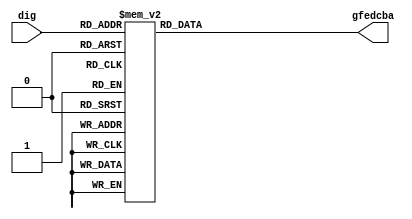
module seven_segment_digit
(
    input      [3:0] dig,
    output reg [6:0] gfedcba
);

    always @*
        case (dig)
        'h0: gfedcba = 'b1000000;  // g f e d c b a
        'h1: gfedcba = 'b1111001;
        'h2: gfedcba = 'b0100100;  //   --a--
        'h3: gfedcba = 'b0110000;  //  |     |
        'h4: gfedcba = 'b0011001;  //  f     b
        'h5: gfedcba = 'b0010010;  //  |     |
        'h6: gfedcba = 'b0000010;  //   --g--
        'h7: gfedcba = 'b1111000;  //  |     |
        'h8: gfedcba = 'b0000000;  //  e     c
        'h9: gfedcba = 'b0011000;  //  |     |
        'ha: gfedcba = 'b0001000;  //   --d-- 
        'hb: gfedcba = 'b0000011;
        'hc: gfedcba = 'b1000110;
        'hd: gfedcba = 'b0100001;
        'he: gfedcba = 'b0000110;
        'hf: gfedcba = 'b0001110;
        endcase

endmodule